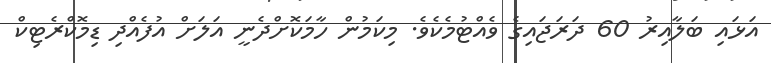
އަޅައި ބަލާއިރު 60 ދަރަޖައިގެ ވެއްޓުމެކެވެ. މިކަމުން ހާމަކޮށްދެނީ އަލަށް އުފެއްދި ޑިމޮކްރެޓިކް